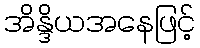
အိန္ဒိယအနေဖြင့်